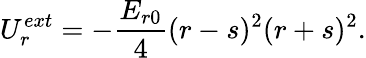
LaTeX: U_{r}^{ext}=-\frac{{E_{r0}}}{4}{(r-s)^{2}}{(r+s)^{2}}{.}